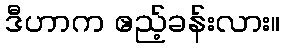
ဒီဟာက ဧည့်ခန်းလား။